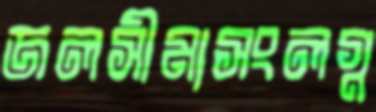
জলসীমাসংলগ্ন